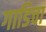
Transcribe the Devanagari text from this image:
गाडिचा